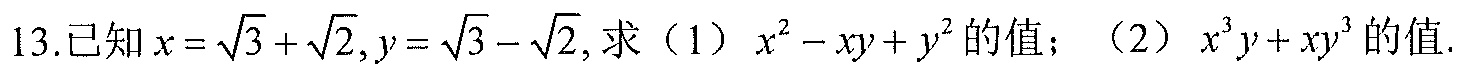
13.已知\(x = \sqrt{3}+\sqrt{2},y = \sqrt{3}-\sqrt{2}\),求（1）\(x^{2}-xy + y^{2}\)的值；（2）\(x^{3}y+xy^{3}\)的值.